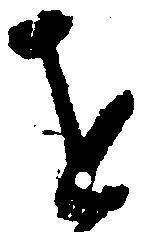
を